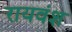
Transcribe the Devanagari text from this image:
रायवंश